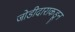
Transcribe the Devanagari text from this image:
जोडीदाराकडून